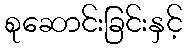
စုဆောင်းခြင်းနှင့်